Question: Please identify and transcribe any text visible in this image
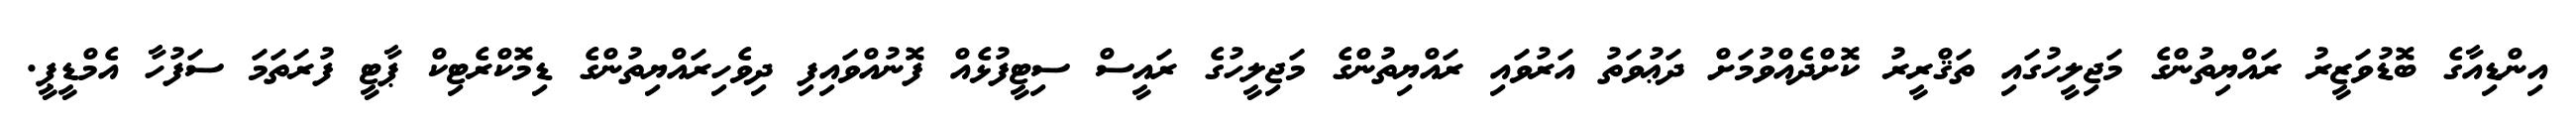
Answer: އިންޑިއާގެ ބޮޑުވަޒީރު ރައްޔިތުންގެ މަޖިލީހުގައި ތަޤްރީރު ކޮށްދެއްވުމަށް ދަޢުވަތު އަރުވައި ރައްޔިތުންގެ މަޖިލީހުގެ ރައީސް ސިޓީފުޅެއް ފޮނުއްވައިފި ދިވެހިރައްޔިތުންގެ ޑިމޮކްރެޓިކް ޕާޓީ ފުރަތަމަ ސަފުހާ އެމްޑީޕީ.